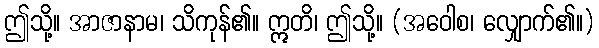
ဤသို့။ အာဇာနာမ၊ သိကုန်၏။ ဣတိ၊ ဤသို့။ (အဝေါစ၊ လျှောက်၏။)